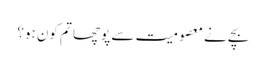
بچے نے معصومیت سے پوچھا تم کون ہو؟